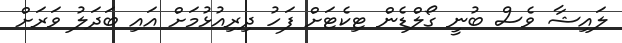
ލައިޝާ ވެސް ބުނީ ގޯލްޑެން ޓިކެޓަށް ފަހު ދިރިއުޅުމަށް އައި ބަދަލު ވަރަށް